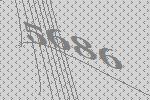
5686